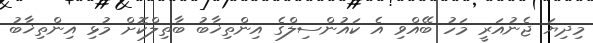
މިދިޔަ ޖެނުއަރީ މަހު ބޭއްވި އެ ކައުންސިލްގެ އިންތިޚާބު ބާތިލްކޮށް މުޅި އިންތިޚާބު